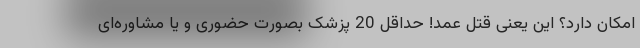
امکان دارد؟ این یعنی قتل عمد! حداقل 20 پزشک بصورت حضوری و یا مشاوره‌ای